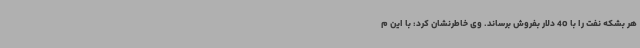
هر بشکه نفت را با 40 دلار بفروش برساند. وی خاطرنشان کرد: با این م